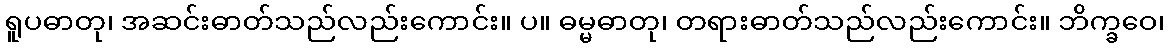
ရူပဓာတု၊ အဆင်းဓာတ်သည်လည်းကောင်း။ ပ။ ဓမ္မဓာတု၊ တရားဓာတ်သည်လည်းကောင်း။ ဘိက္ခဝေ၊